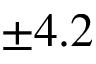
\pm 4 . 2